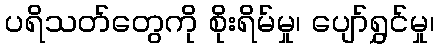
ပရိသတ်တွေကို စိုးရိမ်မှု၊ ပျော်ရွှင်မှု၊